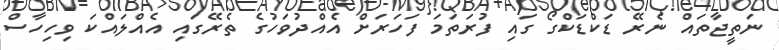
ނަތީޖާތައް ނެރޭ ޑަކްޑަކްގޯ ގައި ފުރަތަމަ ފަހަރަށް އެއްދުވަހުގެ ތެރޭގައި އެއްލައްކަ ވިހިހާސް